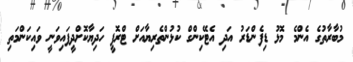
މުބާރާތުގެ އެންމެ މޮޅު ޑިފެންޑަރު އަދި އެޓޭކިންގް ކުޅުންތެރިޔާއަށް ޓްރޮފީ ހަދިޔާކޮށްދީފައިވަނީ ވައިކަންމަތި